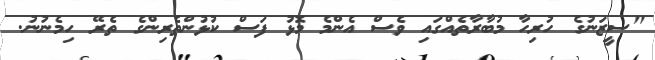
"ސީޒަނުގެ ހުރިހާ މުބާރާތެއްގައި ވެސް އެންމެ މޮޅު ފަސް ކުޅުންތެރިންގެ ތެރޭ ހިމެނުނު.